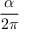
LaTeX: \frac { \alpha } { 2 \pi }